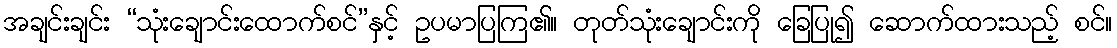
အချင်းချင်း “သုံးချောင်းထောက်စင်”နှင့် ဥပမာပြကြ၏။ တုတ်သုံးချောင်းကို ခြေပြု၍ ဆောက်ထားသည့် စင်။